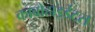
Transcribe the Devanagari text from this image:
काबोहाइर्डेटस